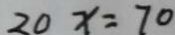
2 0 x = 7 0